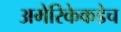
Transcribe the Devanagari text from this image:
अमेरिकेकडेच